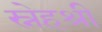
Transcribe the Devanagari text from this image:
स्नेहश्री